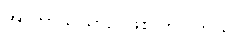
အာကာသယာဉ် ဖြစ်လာပါတယ်။